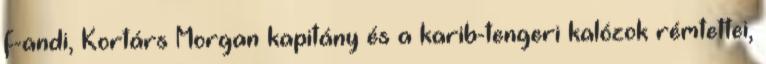
f-andi, Kortárs Morgan kapitány és a karib-tengeri kalózok rémtettei,